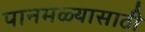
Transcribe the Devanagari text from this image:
पानमळ्यासाठी